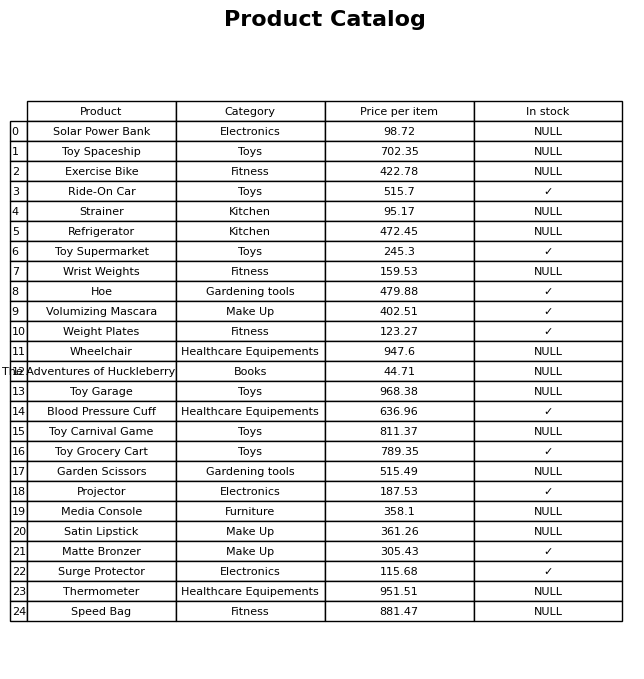
question: Is the Toy Spaceship in stock?
answer: NULL